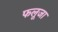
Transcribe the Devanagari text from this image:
फलूजा